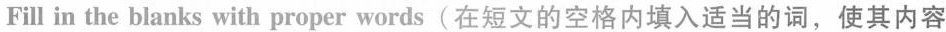
Fill in the blanks with proper words(在短文的空格内填入适当的词,使其内容